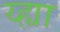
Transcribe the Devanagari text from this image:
य्ह्या